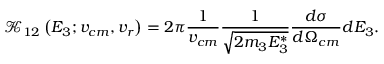
\mathcal { K } _ { 1 2 } \left( E _ { 3 } ; v _ { c m } , v _ { r } \right) = 2 \pi \frac { 1 } { v _ { c m } } \frac { 1 } { \sqrt { 2 m _ { 3 } E _ { 3 } ^ { * } } } \frac { d \sigma } { d \Omega _ { c m } } d E _ { 3 } .